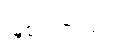
ဖြစ်ပါတယ်။